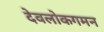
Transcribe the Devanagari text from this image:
देवलोकगमन